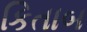
કિતાબ